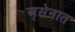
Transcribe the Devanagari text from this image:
अ्सेनात